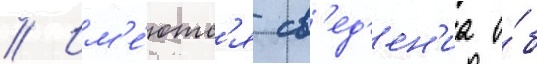
// Им'е́ютс'я св'ед'ен'иа о́б